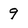
Character: 9